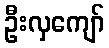
ဦးလှကျော်